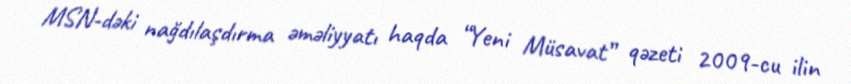
MSN-dəki nağdılaşdırma əməliyyatı haqda “Yeni Müsavat” qəzeti 2009-cu ilin